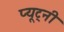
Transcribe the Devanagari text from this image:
प्यूट्नी